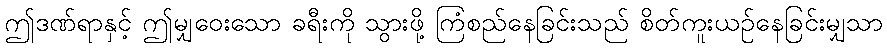
ဤဒဏ်ရာနှင့် ဤမျှဝေးသော ခရီးကို သွားဖို့ ကြံစည်နေခြင်းသည် စိတ်ကူးယဉ်နေခြင်းမျှသာ